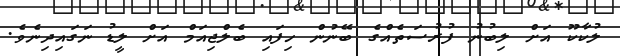
ލުކާކޫ އަށް ލިބުނު ފުރުސަތެއްގެ ބޭނުން ހިފައި ބެލްޖިއަމް އަށް ލީޑު ނަގައިދިނެވެ.